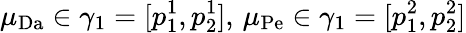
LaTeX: \mu_{\mathrm{Da}}\in\gamma_{1}=[p_{1}^{1},p_{2}^{1}],\, \mu_{\mathrm{Pe}}\in\gamma_{1}=[p_{1}^{2},p_{2}^{2}]